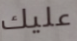
عليك